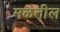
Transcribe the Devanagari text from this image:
मळतील